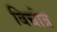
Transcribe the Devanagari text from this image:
विचीत्र